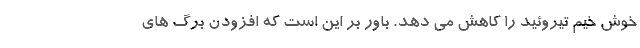
خوش خیم تیروئید را کاهش می دهد. باور بر این است که افزودن برگ های